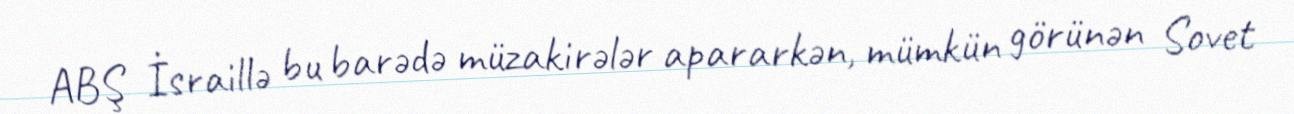
ABŞ İsraillə bu barədə müzakirələr apararkən, mümkün görünən Sovet